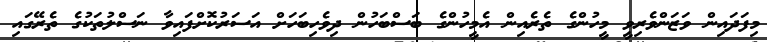
މިފަދައިން ވަޒަންވެރިވީ މީހުންގެ ތެރެއިން އެމީހުންގެ ބަސްބަހުން ދިވެހިބަހަށް އަސަރުކޮށްފައިވާ ނަސްލުތަކުގެ ތެރޭގައި